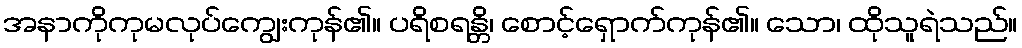
အနာကိုကုမလုပ်ကျွေးကုန်၏။ ပရိစရန္တိ၊ စောင့်ရှောက်ကုန်၏။ သော၊ ထိုသူရဲသည်။